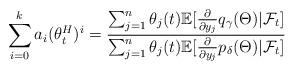
LaTeX: \begin{align*}\sum_{i=0}^ka_i (\theta_t^H)^i = \frac{ \sum_{j=1}^n\theta_j(t)\mathbb{E}[\frac{\partial}{\partial y_j}q_{\gamma}(\Theta)|\mathcal{F}_t]}{ \sum_{j=1}^n\theta_j(t)\mathbb{E}[\frac{\partial}{\partial y_j}p_{\delta}(\Theta)|\mathcal{F}_t]}\end{align*}